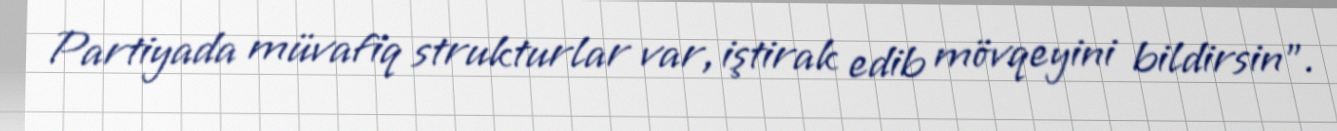
Partiyada müvafiq strukturlar var, iştirak edib mövqeyini bildirsin”.